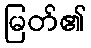
မြတ်၏